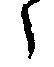
々